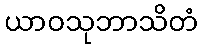
ယာဝသုဘာသိတံ